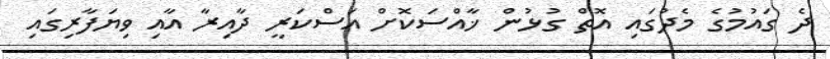
ދެ ގައުމުގެ މެދުގައި އޮތް ގުޅުން ޚާއްސަކޮށް އަސްކަރީ ދާއިރާ އާއި ވިޔަފާރިގައި